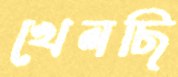
খেলছি